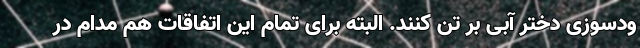
ودسوزی دختر آبی بر تن کنند. البته برای تمام این اتفاقات هم مدام در